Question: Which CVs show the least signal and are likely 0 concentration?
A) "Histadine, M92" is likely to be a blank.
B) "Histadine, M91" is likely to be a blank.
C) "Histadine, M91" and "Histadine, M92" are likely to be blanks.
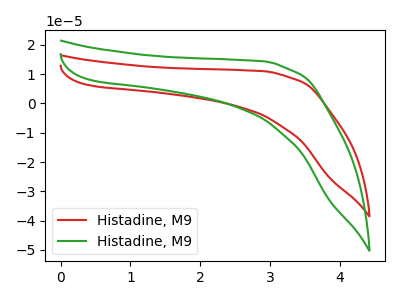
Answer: <think>The red curve "Histadine, M91" has no peaks. The green curve "Histadine, M92" has no peaks.</think>
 <answer>C) "Histadine, M91" and "Histadine, M92" are likely to be blanks.</answer>
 <eval>C</eval>